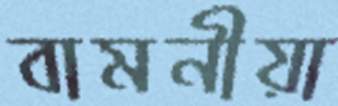
বামনীয়া